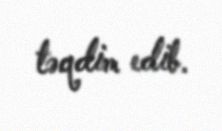
təqdim edib.